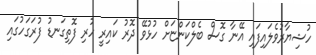
ހުޝިޔާރުވެލައިފައި އޭނާ ގޮސް ބެލްކަންޏަށް ހުޅުވޭ ދޮރު ކައިރީ ހުރި ފޮތިގަނޑު ފުރަގަހުގައި